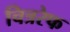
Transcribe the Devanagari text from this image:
चित्ररेफ